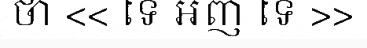
ថា << ទេ អញ ទេ >>